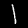
Digit: 1